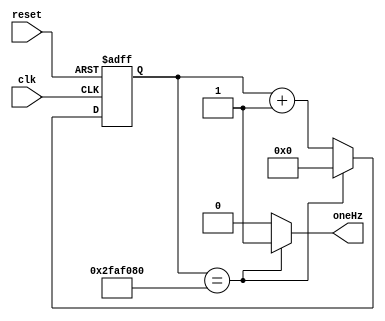
module mod_1sec(
	input clk,
	input reset,
	output reg oneHz
);
	
	reg [25:0] counter;
	always@(posedge clk,negedge reset)begin
		if(!reset) 
			counter <= 26'd0;
		else begin
			if(counter == 26'd50_000_000) counter <= 26'd0; //Pratical
			//if(counter == 26'd50_000) counter <= 26'd0;	//Testing
			else counter <= counter + 26'd1;
		end
	end
	
	always@(*)begin
		if(counter == 26'd50_000_000) oneHz = 1'b1;	//Pratical
		//if(counter == 26'd50_000) oneHz = 1'b1;		//Testing
		else oneHz = 1'b0;
	end
	
endmodule